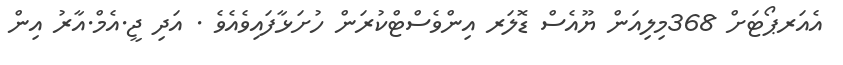
އެއަރޕޯޓަށް 368މިލިއަން ޔޫއެސް ޑޮލަރ އިންވެސްޓްކުރަން ހުށަޅާފައިވެއެވެ . އަދި ޖީ.އެމް.އާރު އިން